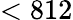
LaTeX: <812